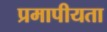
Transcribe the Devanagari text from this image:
प्रमापीयता